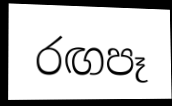
රඟපෑ